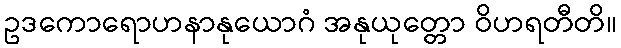
ဥဒကောရောဟနာနုယောဂံ အနုယုတ္တော ဝိဟရတီတိ။